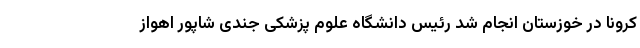
کرونا در خوزستان انجام شد رئیس دانشگاه علوم پزشکی جندی شاپور اهواز